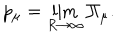
p _ { \mu } = \lim _ { R \to \infty } \Pi _ { \mu } .